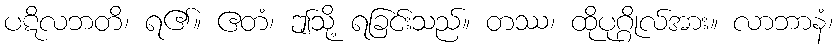
ပဋိလဘတိ၊ ရ၏။ ဧတံ၊ ဤသို့ ရခြင်းသည်။ တဿ၊ ထိုပုဂ္ဂိုလ်အား။ လာဘာနံ၊